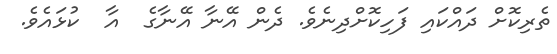
ތެރިކޮށް ދައްކައި ފަހިކޮށްދިނެވެ. ދެން އޭނާ އޭނާގެ  އާ  ކުޅައެވެ.